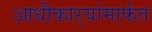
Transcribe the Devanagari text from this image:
आधीकार्‍यांमार्फत